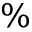
\%